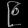
Digit: ၉